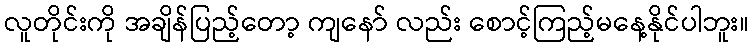
လူတိုင်းကို အချိန်ပြည့်တော့ ကျနော် လည်း စောင့်ကြည့်မနေ့နိုင်ပါဘူး။